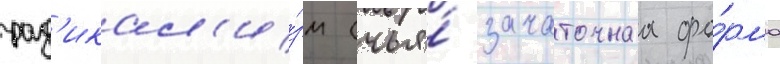
рад'икал'и́зм (чья́ зачаточнаа фо́рма